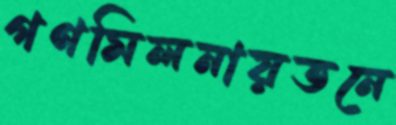
গণমিলনায়তনে